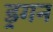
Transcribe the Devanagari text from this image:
ड्रगन